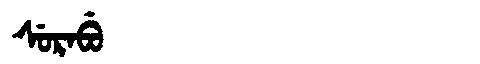
Manchu: ᠰᡠᡵᠠᠪᡠ
Romanization: SURABU